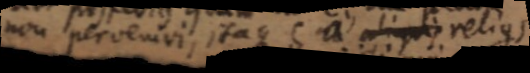
non pervenivi, itaque e a aliquis relius